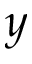
y